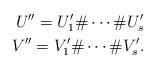
LaTeX: \begin{align*}U'' = U'_1\# \cdots \# U'_s\\V'' = V'_1\# \cdots \# V'_s.\end{align*}